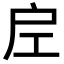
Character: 𭠀